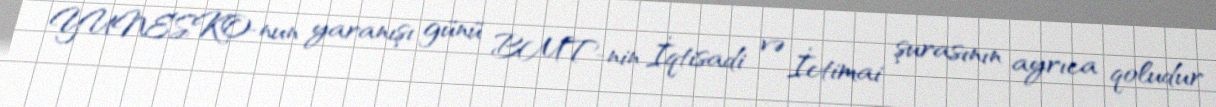
YUNESKO-nun yaranışı günü BMT-nin İqtisadi və İctimai şurasının ayrıca qoludur